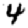
Digit: 4